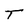
Character: T